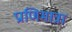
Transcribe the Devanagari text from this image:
प्राणिमात्रा